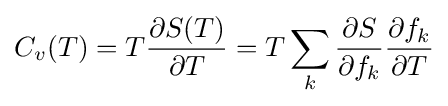
C_{v}(T)=T{\frac {\partial S(T)}{\partial T}}=T\sum _{k}{\frac {\partial S}{\partial f_{k}}}{\frac {\partial f_{k}}{\partial T}}